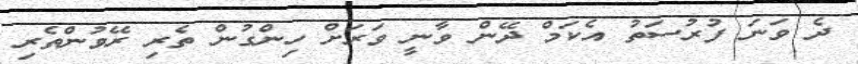
ދެ ވަނަ ފުރުސަތު އެކަމް ދޭން ވާނީ ވަރަށް ހިންގުން ތެރި ރޭވުންތެރި